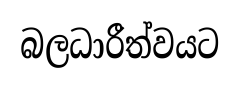
බලධාරීත්වයට